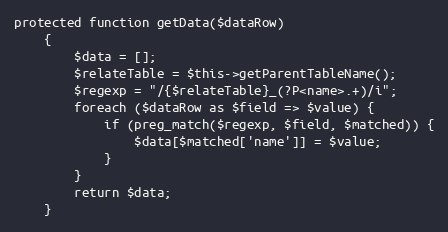
Language: PHP
protected function getData($dataRow)
    {
        $data = [];
        $relateTable = $this->getParentTableName();
        $regexp = "/{$relateTable}_(?P<name>.+)/i";
        foreach ($dataRow as $field => $value) {
            if (preg_match($regexp, $field, $matched)) {
                $data[$matched['name']] = $value;
            }
        }
        return $data;
    }